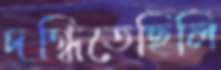
দগ্ধিতেছিলি